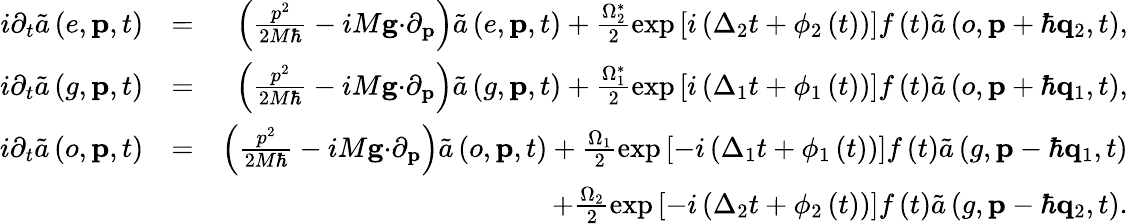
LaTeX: \begin{array}{rlr}{i\partial_{t}\tilde{a}\left(e,\mathbf{p},t\right)}&{=}&{\left(\frac{p^{2}}{2M\hbar}-iM\mathbf{g\cdot}\partial_{\mathbf{p}}\right)\tilde{a}\left(e,\mathbf{p},t\right)+\frac{\Omega_{2}^{\ast}}{2}\exp\left[i\left(\Delta_{2}t+\phi_{2}\left(t\right)\right)\right]f\left(t\right)\tilde{a}\left(o,\mathbf{p}+\hbar\mathbf{q}_{2},t\right),}\\ {i\partial_{t}\tilde{a}\left(g,\mathbf{p},t\right)}&{=}&{\left(\frac{p^{2}}{2M\hbar}-iM\mathbf{g\cdot}\partial_{\mathbf{p}}\right)\tilde{a}\left(g,\mathbf{p},t\right)+\frac{\Omega_{1}^{\ast}}{2}\exp\left[i\left(\Delta_{1}t+\phi_{1}\left(t\right)\right)\right]f\left(t\right)\tilde{a}\left(o,\mathbf{p}+\hbar\mathbf{q}_{1},t\right),}\\ {i\partial_{t}\tilde{a}\left(o,\mathbf{p},t\right)}&{=}&{\left(\frac{p^{2}}{2M\hbar}-iM\mathbf{g\cdot}\partial_{\mathbf{p}}\right)\tilde{a}\left(o,\mathbf{p},t\right)+\frac{\Omega_{1}}{2}\exp\left[-i\left(\Delta_{1}t+\phi_{1}\left(t\right)\right)\right]f\left(t\right)\tilde{a}\left(g,\mathbf{p}-\hbar\mathbf{q}_{1},t\right)}\\ &{}&{+\frac{\Omega_{2}}{2}\exp\left[-i\left(\Delta_{2}t+\phi_{2}\left(t\right)\right)\right]f\left(t\right)\tilde{a}\left(g,\mathbf{p}-\hbar\mathbf{q}_{2},t\right).}\end{array}